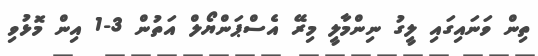
ތިން ވަނައިގައި ލީގު ނިންމާލީ މިރޭ އެސްޕަންޔޯލް އަތުން 3-1 އިން މޮޅުވި